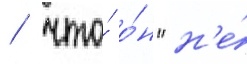
/ что́ о́н "н'е́